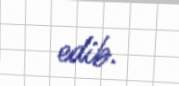
edib.